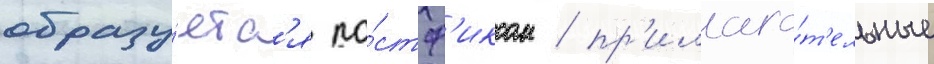
образу́етс'я по́стф'иксом / пр'илага́т'ельные